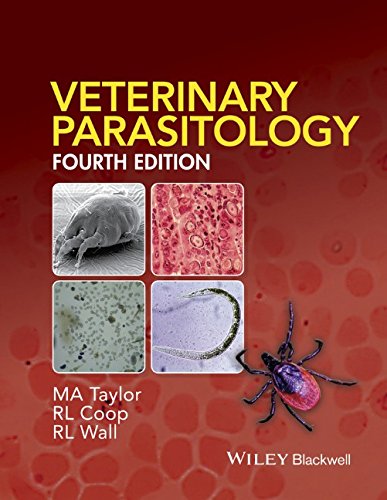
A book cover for Veterinary Parasitology; M. A. Taylor; Medical Books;